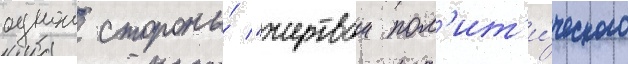
однои стороны́ "жертвои пол'ит'и́ческого